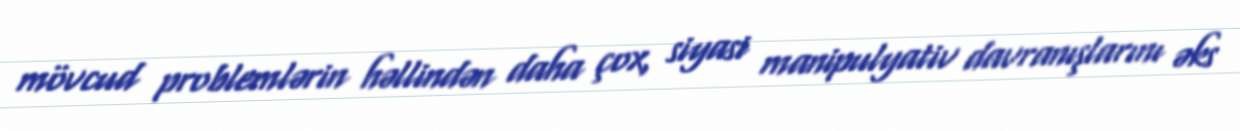
mövcud problemlərin həllindən daha çox, siyasi manipulyativ davranışlarını əks